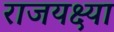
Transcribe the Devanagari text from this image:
राजयक्ष्या